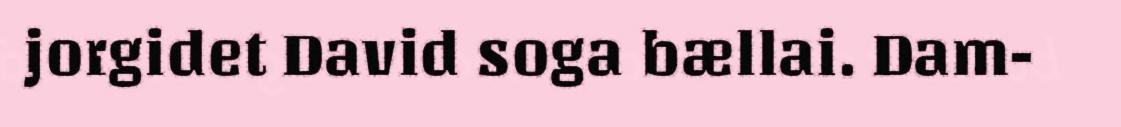
jorgidet David soga bællai. Dam-